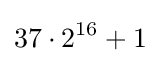
37\cdot 2^{16}+1